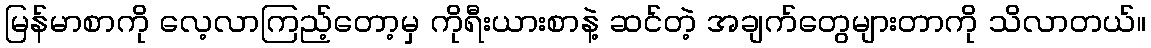
မြန်မာစာကို လေ့လာကြည့်တော့မှ ကိုရီးယားစာနဲ့ ဆင်တဲ့ အချက်တွေများတာကို သိလာတယ်။